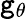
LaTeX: \mathtt{g}_{\theta}